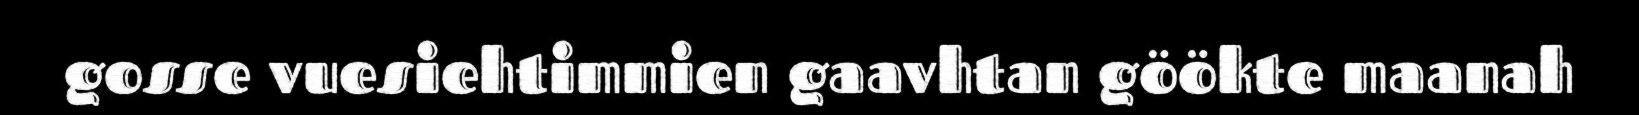
gosse vuesiehtimmien gaavhtan göökte maanah